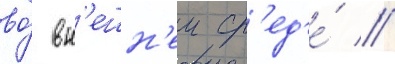
во́ вн'ешн'еи ср'ед'е́ //